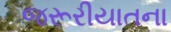
જરૂરીયાતના